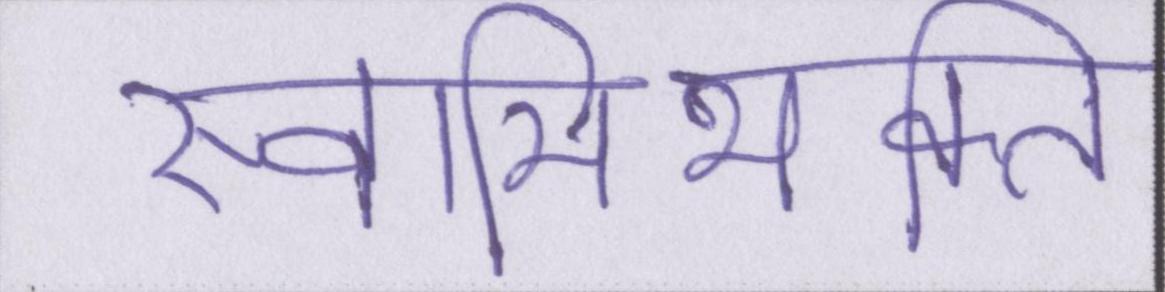
स्वामिभक्ति